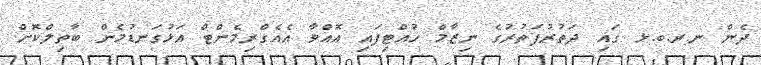
ދެން ނ.ރ.ބ.ޅ ގައި ދަތުރުފަތުރުގެ ނިޒާމް ހުއްޓިފައި އޮއްވާ އެއެގްރިމެންޓް އަޅުގަނޑުމެން ބާތިލްކޮށް